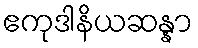
ဧကုဒါနိယဆန္နာ